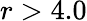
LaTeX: r>4.0